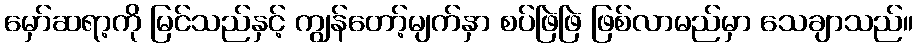
မှော်ဆရာ့ကို မြင်သည်နှင့် ကျွန်တော့်မျက်နှာ စပ်ဖြဲဖြဲ ဖြစ်လာမည်မှာ သေချာသည်။